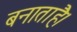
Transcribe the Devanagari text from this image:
बनाताहै।